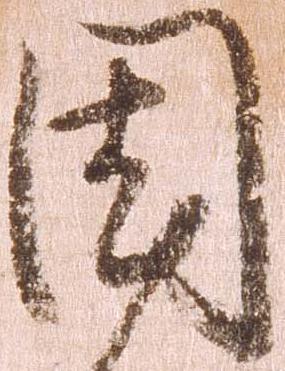
国